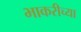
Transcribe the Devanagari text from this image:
भाकरीच्या